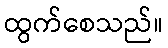
ထွက်စေသည်။